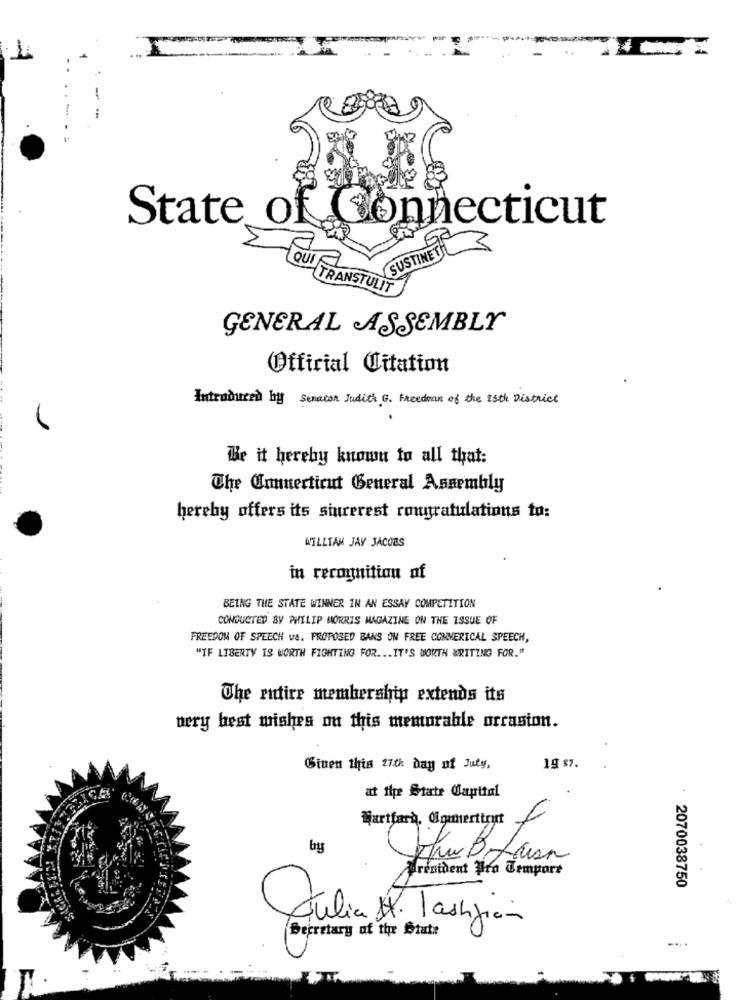
State of Connecticut
SUSTINET
QUI
TRANSTULIT
GENERAL ASSEMBLY
Official Citation
Introduced by Senator Judith G. Freedman of the 15th District
Be it hereby known to all that:
The Connecticut General Assembly
hereby offers its sincerest congratulations to:
WILLIAM JAY JACOBS
in recognition of
BEING THE STATE WINNER IN AN ESSAY COMPETITION
CONDUCTED BY PHILIP MORRIS MAGAZINE ON THE ISSUE OF
FREEDOM OF SPEECH VS. PROPOSED BANS ON FREE COMMERICAL SPEECH,
"IF LIBERTY IS WORTH FIGHTING FOR ... IT'S WORTH WRITING FOR."
The mutire membership extends its
very best wishes ou this memorable occasion.
Giuen this 27th day of Juty,
19 87.
at the State Capital
Hartfarà, Ogmerttrut
ShuBotaan
President Pro Tempore
2070038750
Julia H. lashifian
Secretary of the State
....